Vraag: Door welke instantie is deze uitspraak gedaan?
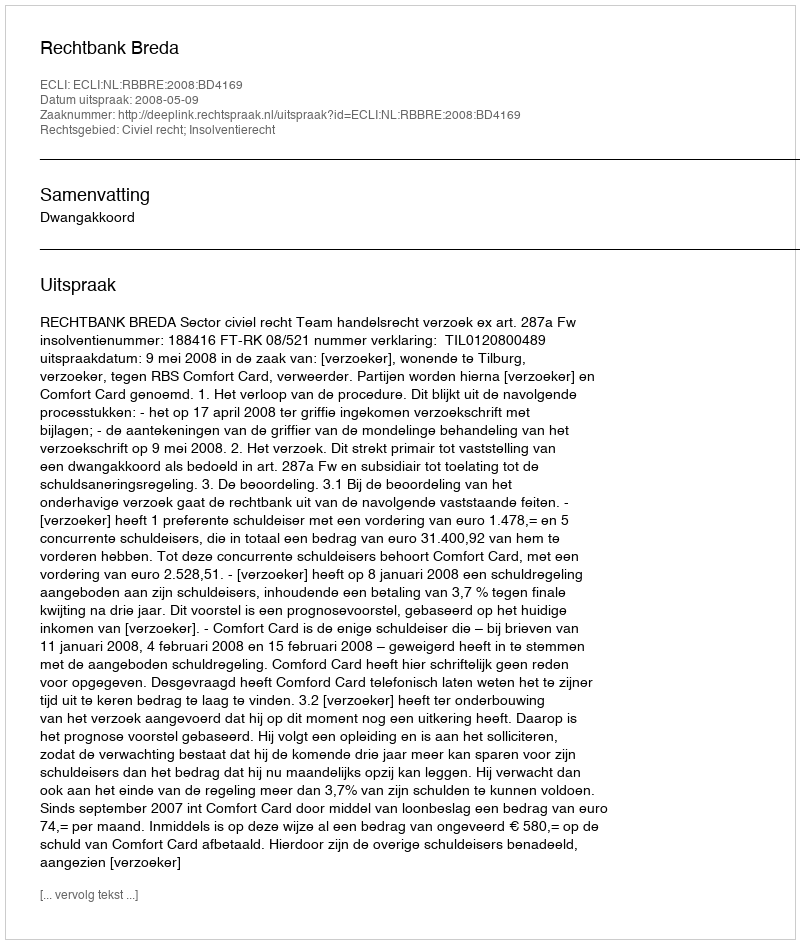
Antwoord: Rechtbank Breda